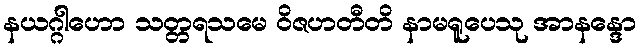
နယဂ္ဂါဟော သတ္တရသမေ ဝိဇဟတီတိ နာမရူပေသု အာနန္ဒော